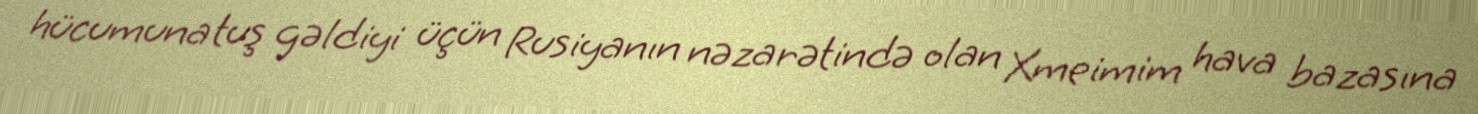
hücumuna tuş gəldiyi üçün Rusiyanın nəzarətində olan Xmeimim hava bazasına